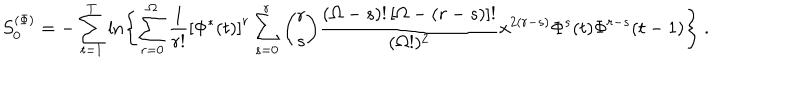
LaTeX: S _ { 0 } ^ { ( \Phi ) } = - \sum _ { t = 1 } ^ { T } \ln \left\{ \sum _ { r = 0 } ^ { \Omega } \frac { 1 } { r ! } \left[ \Phi ^ { * } ( t ) \right] ^ { r } \sum _ { s = 0 } ^ { r } { \binom { r } { s } } \frac { ( \Omega - s ) ! \left[ \Omega - ( r - s ) \right] ! } { ( \Omega ! ) ^ { 2 } } x ^ { 2 ( r - s ) } \Phi ^ { s } ( t ) \Phi ^ { r - s } ( t - 1 ) \right\} \ .